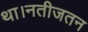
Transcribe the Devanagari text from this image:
था।नतीजतन